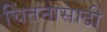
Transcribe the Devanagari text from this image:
चिंतनासाठी